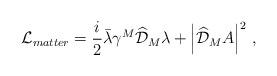
LaTeX: \begin{align*}\mathcal{L}_{matter}=\frac{i}{2} \bar\lambda\gamma^M \widehat{\mathcal{D}}_M\lambda+\left|\widehat{\mathcal{D}}_M A\right|^2\, ,\end{align*}